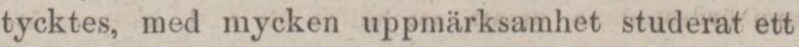
tycktes, med mycken uppmärksamhet studerat ett